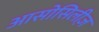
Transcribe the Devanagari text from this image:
आसोसिलीज़